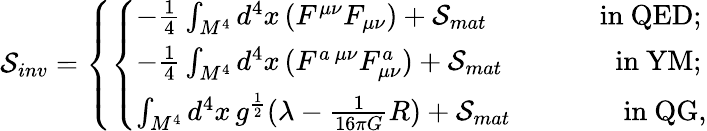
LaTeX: {\cal S}_{inv}=\left\{ \left\{ \begin{array}{ll}{{-\frac{1}{4}\int_{M^{4}}d^{4}x\, (F^{\mu\nu}F_{\mu\nu})+{\cal S}_{mat}\qquad\qquad\mathrm{in~QED;}}}\\ {{-\frac{1}{4}\int_{M^{4}}d^{4}x\, (F^{a~\mu\nu}F_{\mu\nu}^{a})+{\cal S}_{mat}\qquad\qquad\mathrm{in~YM;}}}\\ {{\int_{M^{4}}d^{4}x\, g^{\frac{1}{2}}(\lambda-\frac{1}{16\pi G}R)+{\cal S}_{mat}\qquad\qquad\mathrm{in~QG},}}\end{array}\right.\right.